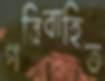
পরিবাহিত